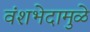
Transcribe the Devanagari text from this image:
वंशभेदामुळे